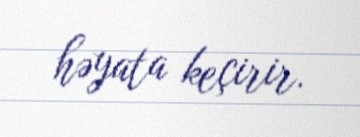
həyata keçirir.